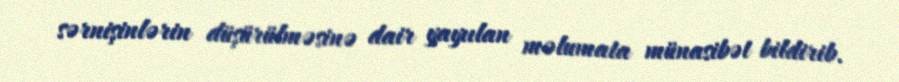
sərnişinlərin düşürülməsinə dair yayıılan məlumata münasibət bildirib.